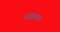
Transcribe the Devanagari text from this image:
शालभ